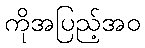
ကိုအပြည့်အဝ